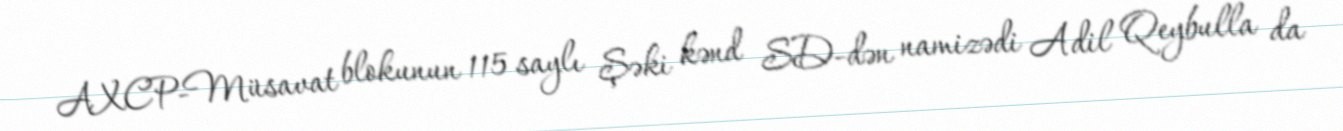
AXCP-Müsavat blokunun 115 saylı Şəki kənd SD-dən namizədi Adil Qeybulla da